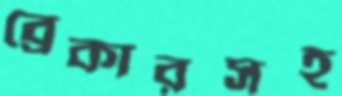
ব্রেকারসহ